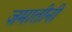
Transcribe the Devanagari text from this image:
जमातीनी